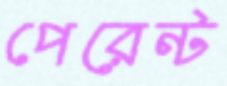
পেরেন্ট